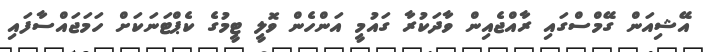
އޭޝިއަން ގޭމްސްގައި ރާއްޖެއިން ވާދަކުރާ ގައުމީ އަންހެން ވޮލީ ޓީމުގެ ކެޕްޓަނަކަށް ހަމަޖައްސާފައި